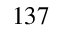
^ { 1 3 7 }